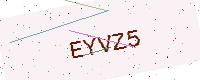
Text: EYVZ5